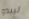
ليبدو